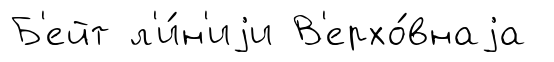
Б'ейт л'и́н'иjи В'ерхо́внаjа